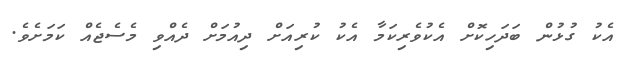
އެކު ގުޅުން ބަދަހިކޮށް އެކުވެރިކަމާ އެކު ކުރިއަށް ދިއުމަށް ދެއްވި މެސެޖެއް ކަމަށެވެ.